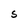
Character: S